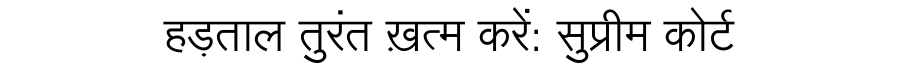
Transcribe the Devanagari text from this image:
हड़ताल तुरंत ख़त्म करें: सुप्रीम कोर्ट